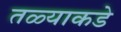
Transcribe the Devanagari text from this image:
तळ्याकडे